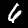
Digit: 6